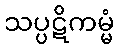
သပ္ပဋိကမ္မံ